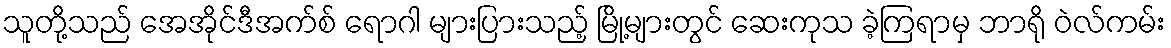
သူတို့သည် အေအိုင်ဒီအက်စ် ရောဂါ များပြားသည့် မြို့များတွင် ဆေးကုသ ခဲ့ကြရာမှ ဘာရို ဝဲလ်ကမ်း